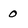
Character: 0